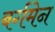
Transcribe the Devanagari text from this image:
बर्गमेन